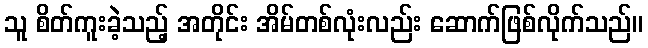
သူ စိတ်ကူးခဲ့သည့် အတိုင်း အိမ်တစ်လုံးလည်း ဆောက်ဖြစ်လိုက်သည်။